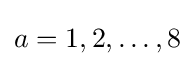
a=1,2,\dots ,8